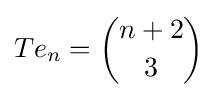
Te_{n}={\binom {n+2}{3}}